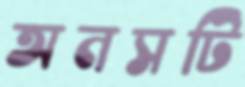
অনসটি